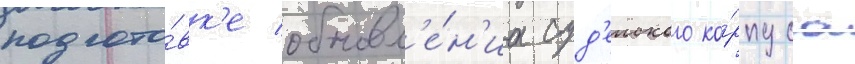
подгото́вк'е обновл'е́н'иа суд'еиского ко́рпуса